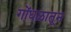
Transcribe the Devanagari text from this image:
गोंधळातून